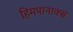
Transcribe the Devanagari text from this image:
हिमपानाक्स